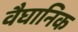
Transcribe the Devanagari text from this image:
वैघानिक